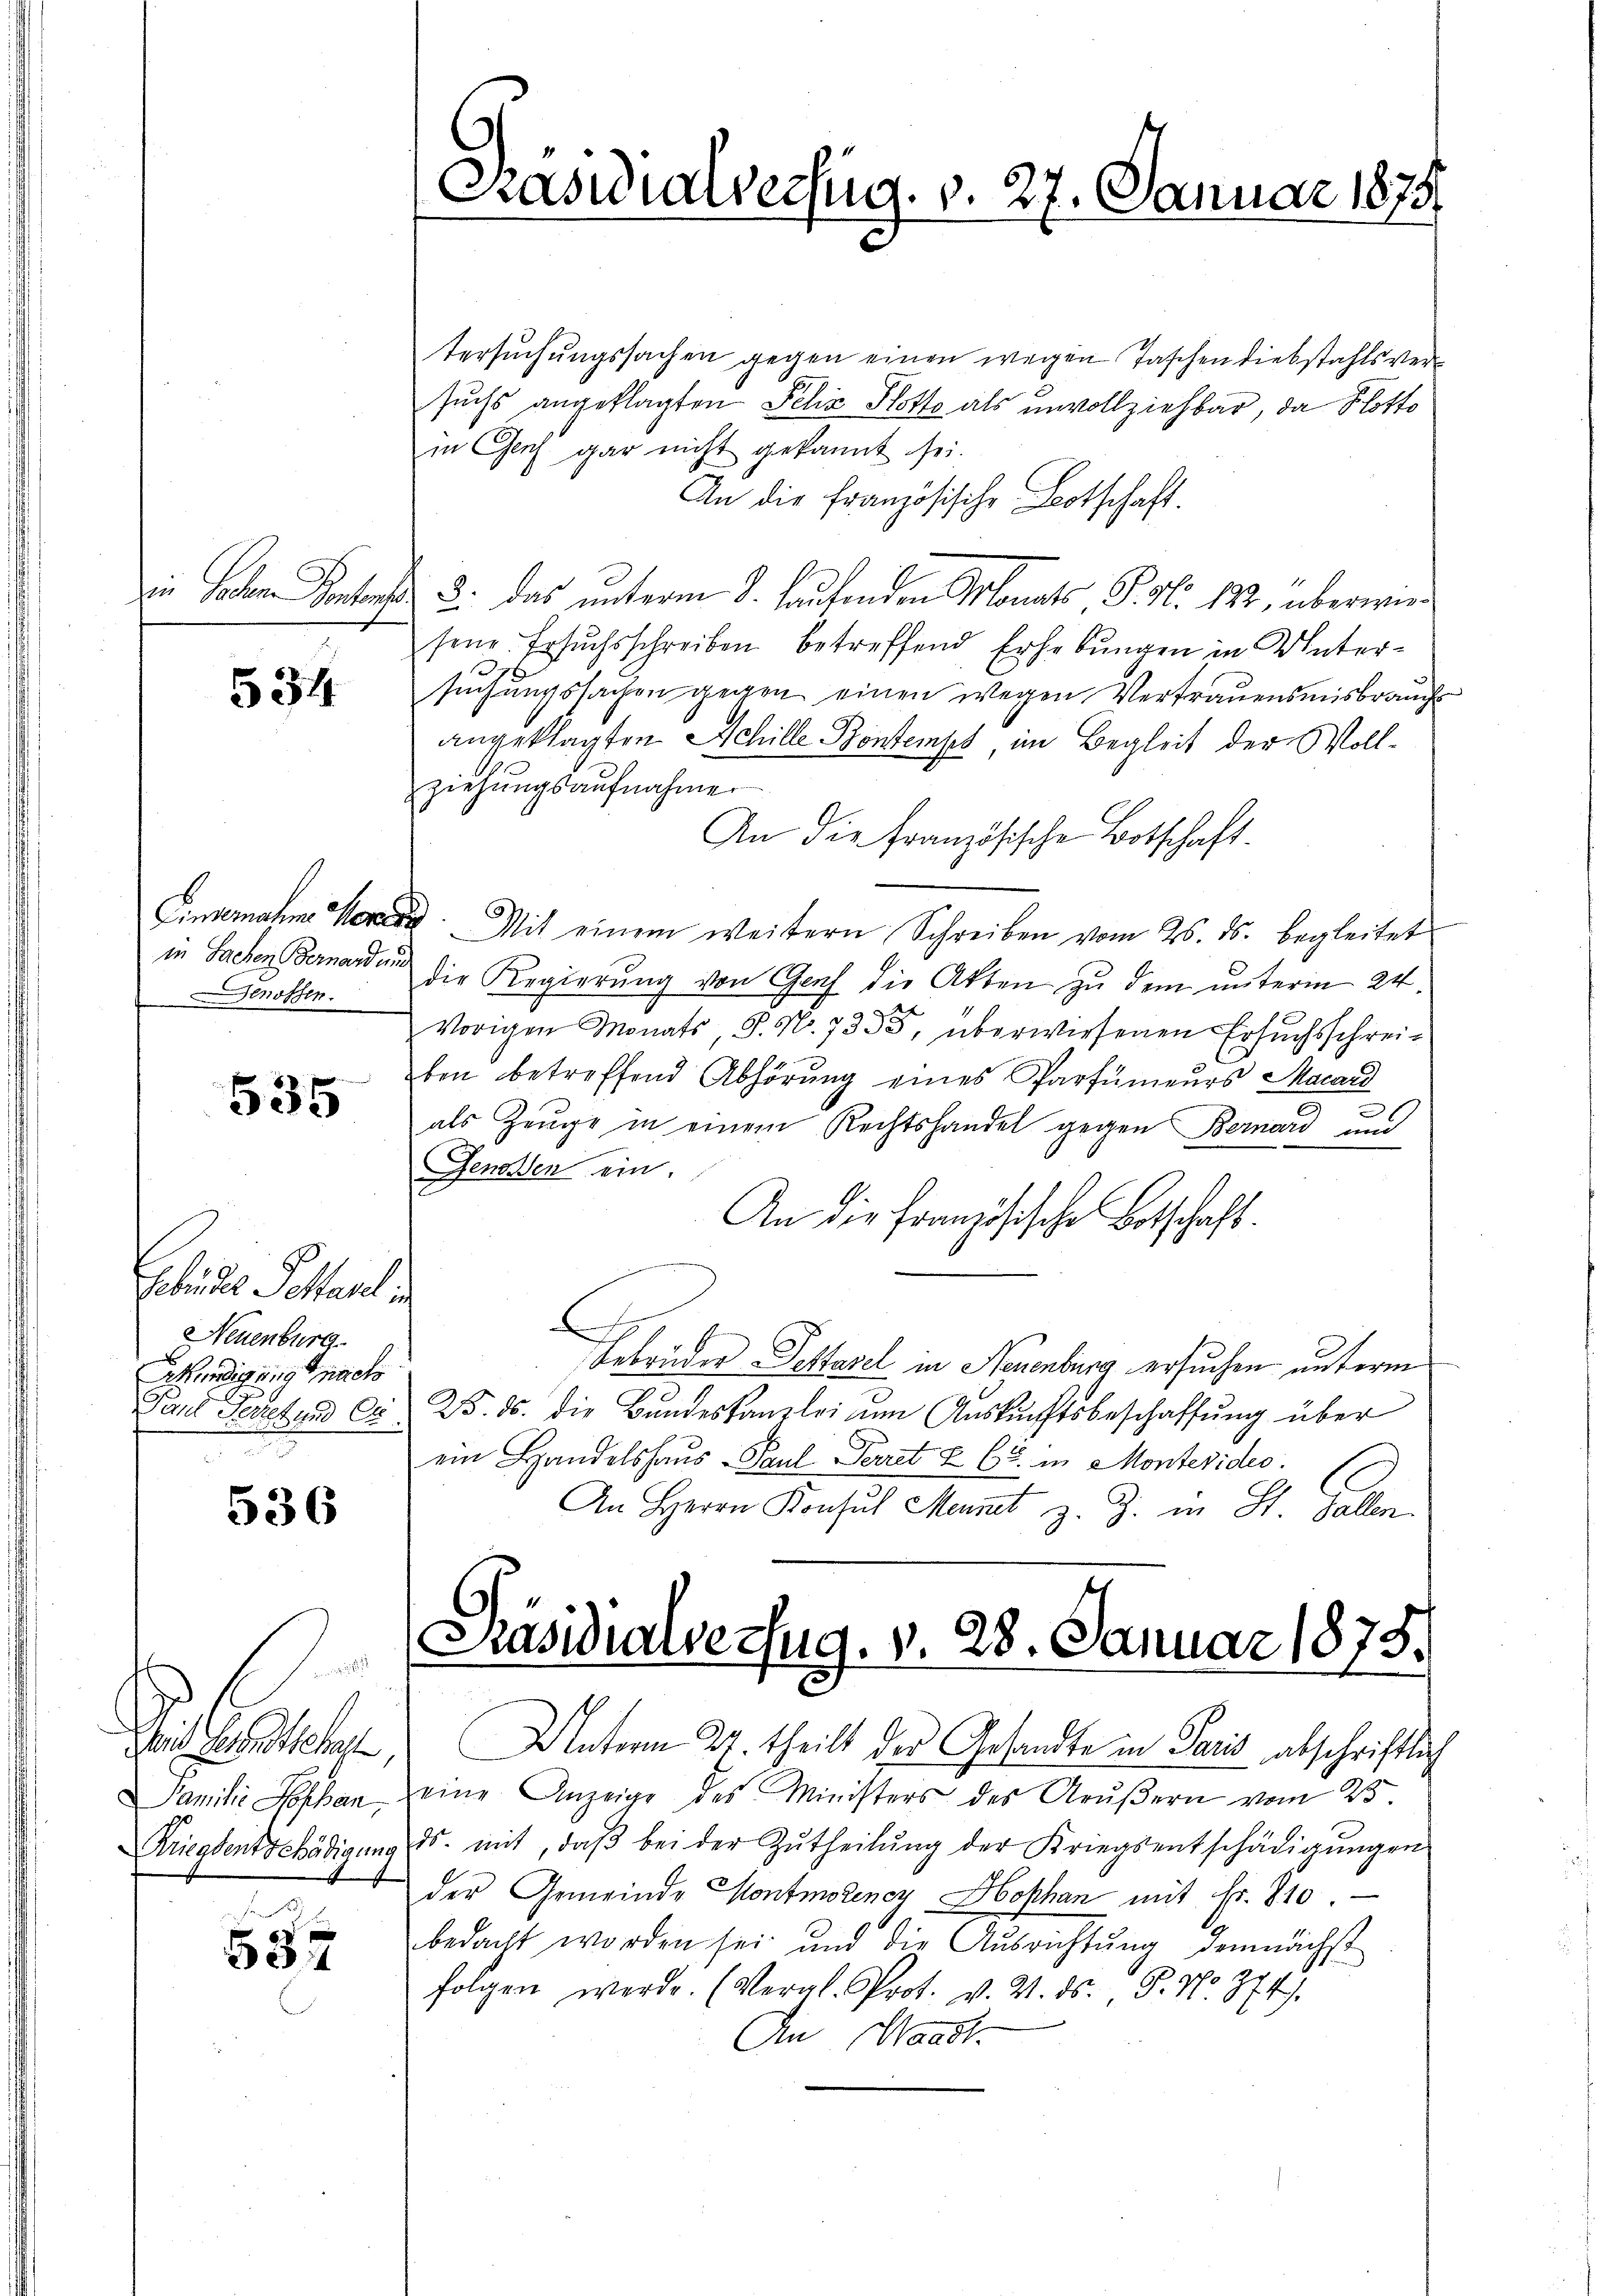
534

Genossen.

535

Gebundes Schauli
Neuenburg
ekündigung nach

536

i Handtsche
Familie Poschen.

P
537

Präsidialverzug. v. 27. Januar 1873

tersuchungssachen gegen einen wegen Taschen diebstahls versuchs angeklagten Felix Hotte als unvollziehbar, da flotto
in Genf gar nicht gekannt sei.
An die Französische Botschaft.
zu Sahen Ponten u. das unterm 2. laufenden Monats, P. Nr. 122, überwiesene Ersuchsschreiben betreffend Erhebungen in Untersuchungssachen gegen einen wegen Vertrauensmisbrauch
angeklagten Schille Pontemps im Begleit der Wollziehungsaufnahmer
An die Französische Botschaft.
Einvernahme er Mit einem weitern Schreiben vom 25. ds. begleitet
in Sachen Bernard die Regierung von Genf die Akten zu dem unterm 24.
e
Vorigen Monats, S. Nr. 735, überwiesenen Ersuchsschreiben betreffend Abhörung eines Parfümeurs Macan
d
als Zeuge in einem Rechtshandel gegen Bernard und
Genossen ein.
An die französische Botschaft.
x
Gebrüder Pettavel in Neuenburg ersuchen unterm
Paul Peret und ca 25. ds. die Bŭndeskanzlei um Aŭskŭnftsbeschaffŭng über
ein Handelshaus Paul Perret u. 66. in Montevideo
An Herrn Konsul Mennet z. Z. in St. Gallen

.
Pasidialse Zug. v. 28. Januar 1875.

Unterm 24. theilt der Gesandte in Paris abschriftlich
eine Anzeige des Ministers des Arŭβern vom 25.
Kriegsentschädigŭng ds. mit, daβ bei der Zŭtheilŭng der Kriegsentschädigŭngen
der Gemeinde Montmoreney Hophan mit Fr. 810.
bedacht worden sei und die Ausrichtŭng demnächst
folgen werde. (Vergl. Prot. v. 2. ds., S. No. 874.
An Waadt